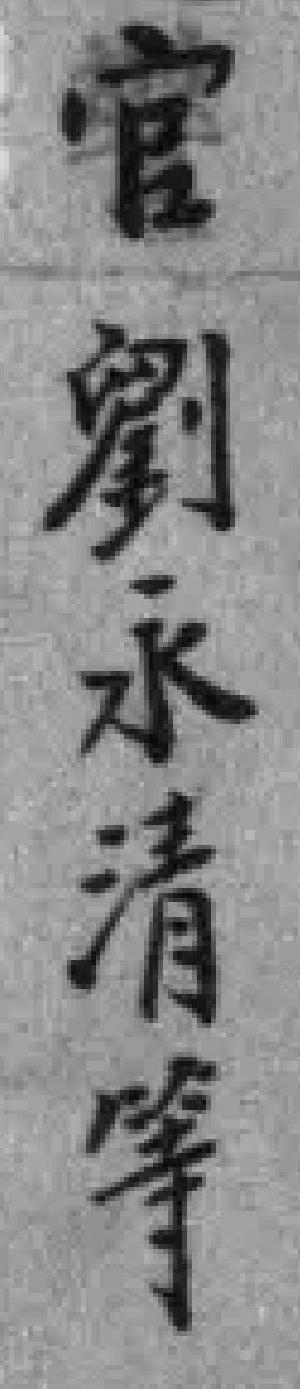
官劉永清等